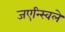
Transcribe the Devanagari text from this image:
जएन्स्विले